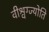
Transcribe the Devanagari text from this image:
वीश्वग्ज्योति